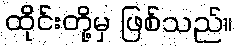
ထိုင်းတို့မှ ဖြစ်သည်။